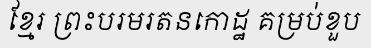
ខ្មែរ ព្រះបរមរតនកោដ្ឋ គម្រប់ខួប